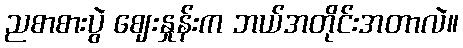
ညစာစားပွဲ ဈေးနှုန်းက ဘယ်အတိုင်းအတာလဲ။